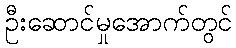
ဦးဆောင်မှုအောက်တွင်